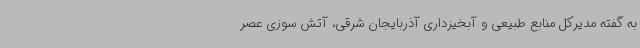
به گفته مدیرکل منابع طبیعی و آبخیزداری آذربایجان شرقی، آتش سوزی عصر